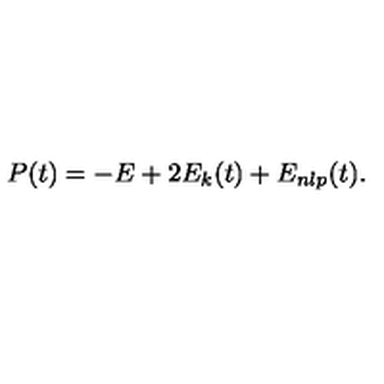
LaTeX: P ( t ) = - E + 2 E _ { k } ( t ) + E _ { n l p } ( t ) .